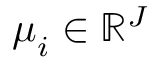
\boldsymbol { \mu } _ { i } \in \mathbb { R } ^ { J }